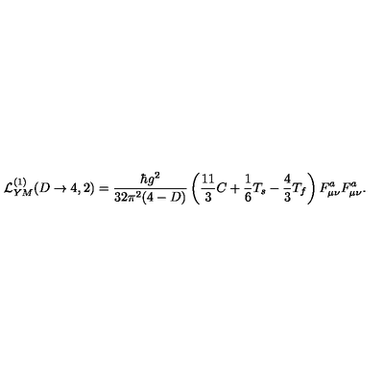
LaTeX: { \cal L } _ { Y M } ^ { ( 1 ) } ( D \rightarrow 4 , 2 ) = \frac { \hbar g ^ { 2 } } { 3 2 \pi ^ { 2 } ( 4 - D ) } \left( \frac { 1 1 } { 3 } C + \frac { 1 } { 6 } T _ { s } - \frac { 4 } { 3 } T _ { f } \right) F _ { \mu \nu } ^ { a } F _ { \mu \nu } ^ { a } .